Report of the Municipal Commissioner on the plague in Bombay for the year ending 31st May... - Volume 3
Disease focus: Plague
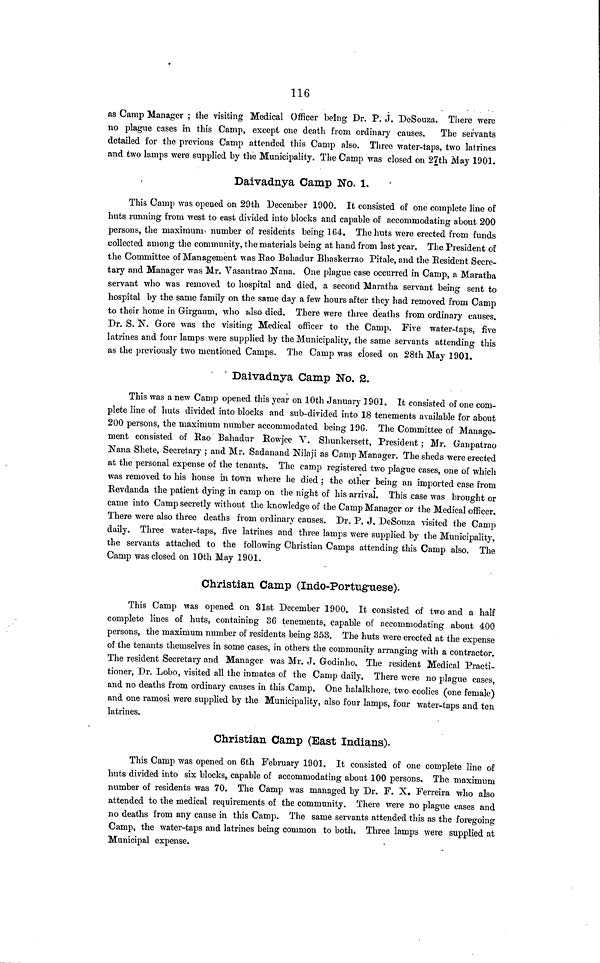
116
as Camp Manager ; the visiting Medical Officer being Dr. P. J. DeSouza. There were
no plague cases in this Camp, except one death from ordinary causes.
The servants
detailed for the previous Camp attended this Camp also. Three water-taps, two latrines
and two lamps were supplied by the Municipality. The Camp was closed on 27th May 1901.
Daivadnya Camp No. 1.
This Camp was opened on 29th December 1900. It consisted of one complete line of
huts running from west to east divided into blocks and capable of accommodating about 200
persons, the maximum- number of residents being 164. The huts were erected from funds
collected among the community, the materials being at hand from last year. The President of
the Committee of Management was Rao Bahadur Bhaskerrao Pítale, and the Resident Secre-
tary and Manager was Mr, Vasantrao Nana. One plague case occurred in Camp, a Maratha
servant who was removed to hospital and died, a second Maratha servant being sent to
hospital by the same family on the same day a few hours after they had removed from Camp
to their home in Girgaum, who also died. There were three deaths from ordinary causes.
Dr. S. N. Gore was the visiting Medical officer to the Camp. Five water-taps, five
latrines and four lamps were supplied by the Municipality, the same servants attending this
as the previously two mentioned Camps. The Camp was closed on 28th May 1901.
Daivadnya Camp No. 2.
This was a new Camp opened this year on 10th January 1901. It consisted of one com-
plete line of huts divided into blocks and sub-divided into 18 tenements available for about
200 persons, the maximum number accommodated being 19G. The Committee of Manage-
ment consisted of Rao Bahadur Rowjee V. Shunkersett, President ; Mr. Ganpatrao
Nana Shete, Secretary ; and Mr. Sadanand Nilaji as Camp Manager. The sheds were erected
at the personal expense of the tenants. The camp registered two plague cases, one of which
was removed to his house in town where he died ; the other being an imported case from
Revdanda the patient dying in camp on the night of his arrival. This case was brought or
came into Camp secretly without the knowledge of the Camp Manager or the Medical officer.
There were also three deaths from ordinary causes. Dr. P. J, DeSouza visited the Camp
daily. Three water-taps, five latrines and three lamps were supplied by the Municipality,
the servants attached to the following Christian Camps attending this Camp also. The
Camp was closed on 10th May 1901.
Christian Camp (Indo-Portuguese).
This Camp was opened on 31st December 1900. It consisted of two and a half
complete lines of huts, containing 36 tenements, capable of accommodating about 400
persons, the maximum number of residents being 353, The huts were erected at the expense
of the tenants themselves in some cases, in others the community arranging with a contractor.
The resident Secretary and Manager was Mr. J. Godinho, The resident Medical Practi-
tioner, Dr. Lobo, visited all the inmates of the Camp daily. There were no plague cases,
and no deaths from ordinary causes in this Camp. One halalkhore, two coolies (one female)
and one namosi were supplied by the Municipality, also four lamps, four water-taps and ten
latrines.
Christian Camp (East Indians).
This Camp was opened on 6th February 1901, It consisted of one complete line of
huts divided into six blocks, capable of accommodating about 100 persons. The maximum
number of residents was 70. The Camp was managed by Dr. F. X. Ferreira who also
attended to the medical requirements of the community. There were no plague cases and
no deaths from any cause in this Camp. The same servants attended this as the foregoing
Camp, the water-taps and latrines being common to both. Three lamps were supplied at
Municipal expense.